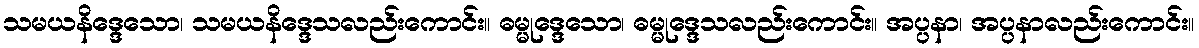
သမယနိဒ္ဒေသော၊ သမယနိဒ္ဒေသလည်းကောင်း။ ဓမ္မုဒ္ဒေသော၊ ဓမ္မုဒ္ဒေသလည်းကောင်း။ အပ္ပနာ၊ အပ္ပနာလည်းကောင်း။